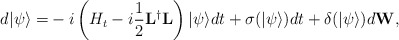
\begin{align*}d |\psi\rangle = & -i \left(H_t - i \dfrac{1}{2}\mathbf{L}^{\dagger}\mathbf{L} \right)|\psi\rangle dt + \sigma(|\psi\rangle) dt + \delta(|\psi\rangle) d\mathbf{W}, \end{align*}